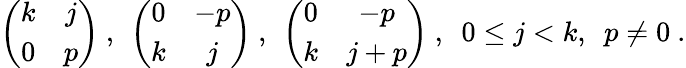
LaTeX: \left(\begin{array}{cc}{{k}}&{{j}}\\ {{0}}&{{p}}\end{array}\right)\ ,\ \left(\begin{array}{cc}{{0}}&{{-p}}\\ {{k}}&{{j}}\end{array}\right)\ ,\ \left(\begin{array}{cc}{{0}}&{{-p}}\\ {{k}}&{{j+p}}\end{array}\right)\ ,\ \ 0\leq j<k,\ \ p\neq 0\ .